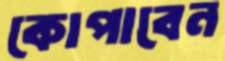
কোপাবেন